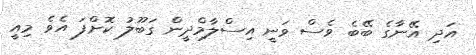
އަދި އޭނާގެ ބޭބެ ވެސް ވަނީ އިސްލާމްދީން ގަބޫލު ކޮށްފަ އެވެ މިއީ